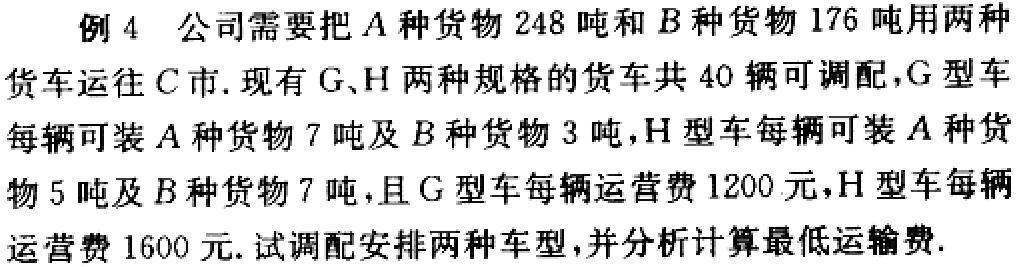
例 4 公司需要把 \(A\) 种货物 \(248\) 吨和 \(B\) 种货物 \(176\) 吨用两种货车运往 \(C\) 市. 现有 \(G、H\) 两种规格的货车共 \(40\) 辆可调配，\(G\) 型车每辆可装 \(A\) 种货物 \(7\) 吨及 \(B\) 种货物 \(3\) 吨，\(H\) 型车每辆可装 \(A\) 种货物 \(5\) 吨及 \(B\) 种货物 \(7\) 吨，且 \(G\) 型车每辆运营费 \(1200\) 元，\(H\) 型车每辆运营费 \(1600\) 元. 试调配安排两种车型，并分析计算最低运输费.